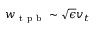
w _ { \mathrm { ~ t ~ p ~ b ~ } } \sim \sqrt { \epsilon } v _ { t }